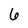
Character: 6